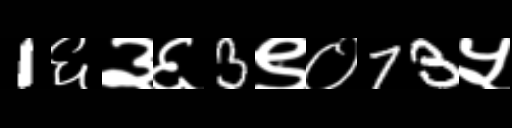
Text: 1६३६3९०73५